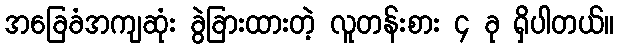
အခြေခံအကျဆုံး ခွဲခြားထားတဲ့ လူတန်းစား ၄ ခု ရှိပါတယ်။